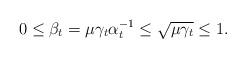
LaTeX: \begin{align*}0\leq\beta_t=\mu\gamma_t\alpha_t^{-1}\leq\sqrt{\mu\gamma_t}\leq 1.\end{align*}